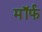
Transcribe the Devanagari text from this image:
मॉर्फ